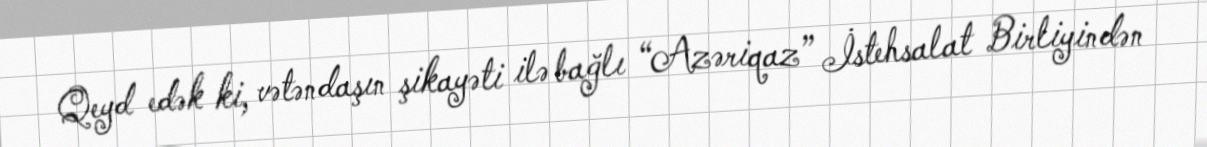
Qeyd edək ki, vətəndaşın şikayəti ilə bağlı “Azəriqaz” İstehsalat Birliyindən